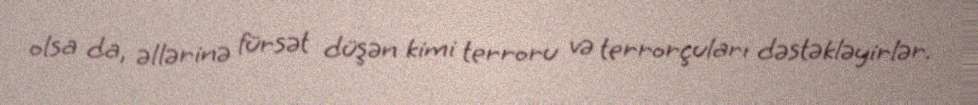
olsa da, əllərinə fürsət düşən kimi terroru və terrorçuları dəstəkləyirlər.